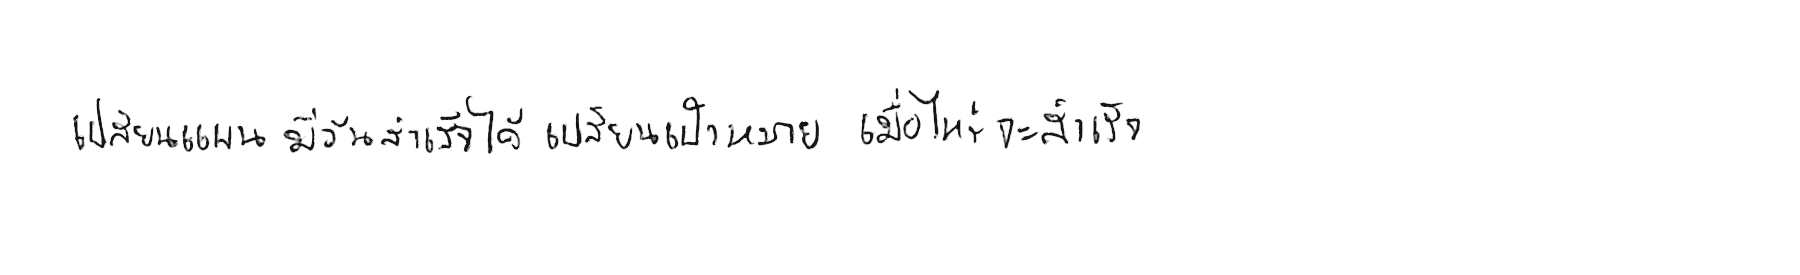
เปลี่ยนแผน มีวันสำเร็จได้ เปลี่ยนเป้าหมาย เมื่อไหร่จะสำเร็จ